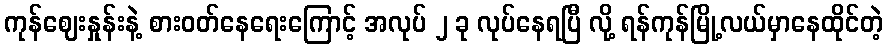
ကုန်ဈေးနှုန်းနဲ့ စားဝတ်နေရေးကြောင့် အလုပ် ၂ ခု လုပ်နေရပြီ လို့ ရန်ကုန်မြို့လယ်မှာနေထိုင်တဲ့